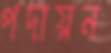
পদায়ন